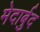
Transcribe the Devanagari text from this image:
मेदार्बुद